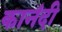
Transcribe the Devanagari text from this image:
कानंदी